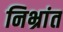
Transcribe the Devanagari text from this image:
निभ्रांत